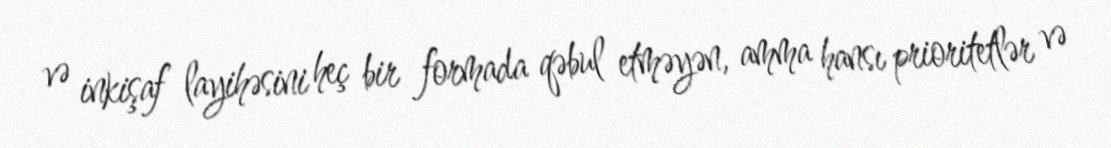
və inkişaf layihəsini heç bir formada qəbul etməyən, amma hansı prioritetlər və